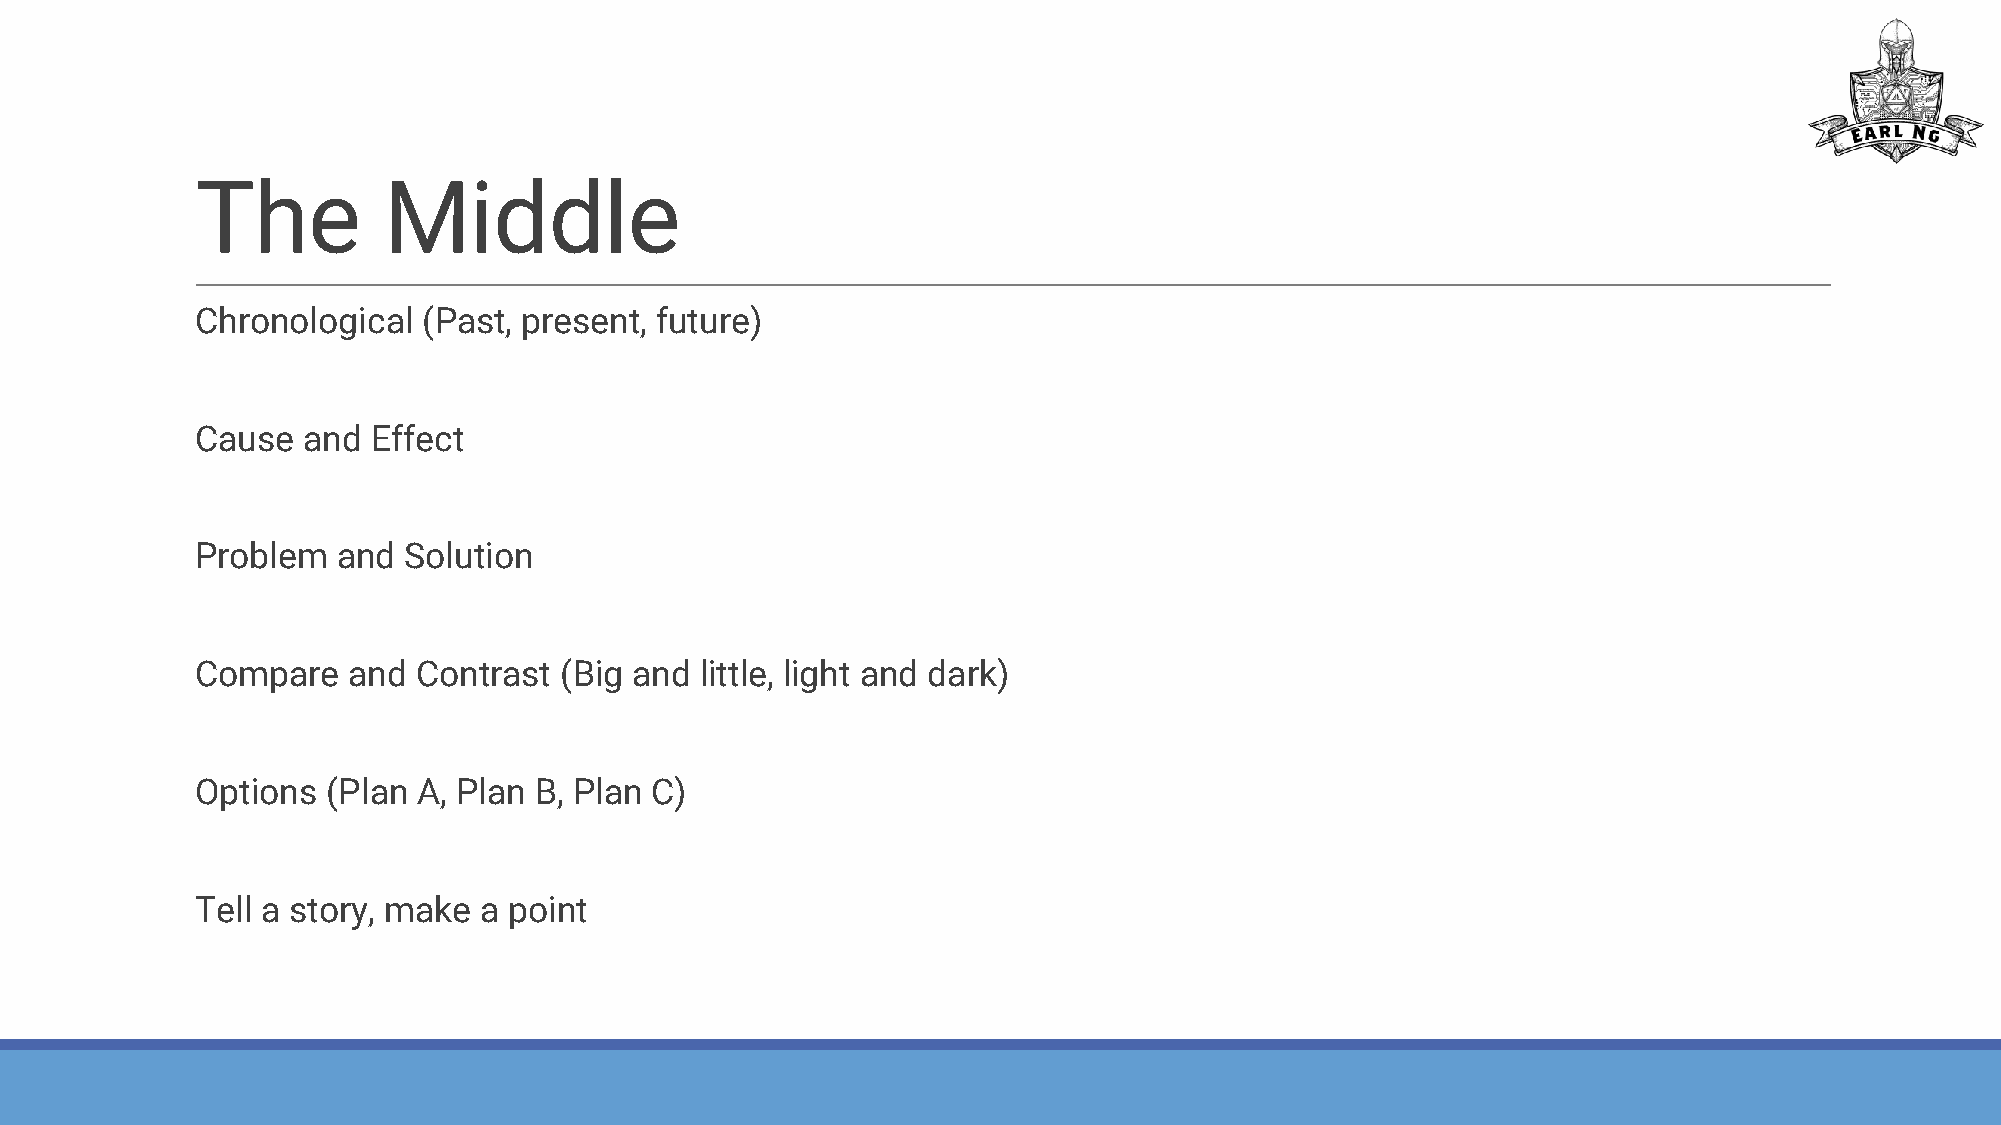
The         Middle
 Chronological  (Past, present, future)
 Cause  and  Effect
 Problem  and  Solution
 Compare   and  Contrast (Big and little, light and dark)
 Options  (Plan A, Plan B, Plan C)
 Tell a story, make a point